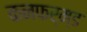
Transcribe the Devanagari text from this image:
कनफर्म्ड